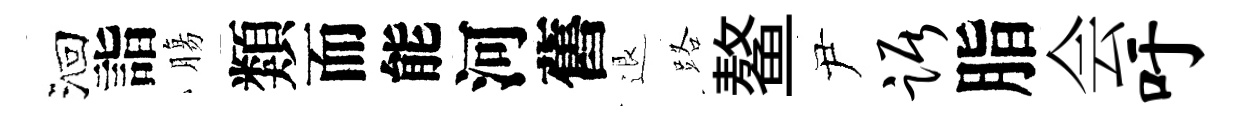
洄詣膓類而能河舊退路鳌尹踞脂会吁